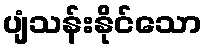
ပျံသန်းနိုင်သော